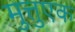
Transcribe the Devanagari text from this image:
मुत्तुएक